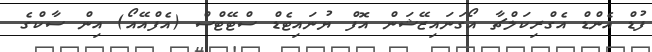
ފުޑް އެންޑް އެގްރިކަލްޗާ އޯގަނައިޒޭޝަން އޮފް ޔުނައިޓެޑް ސްޓޭޓްސް (އެފްއޭއޯ) އިން ސާކްގެ